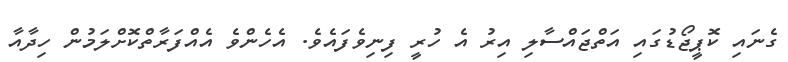
ގެނައި ކޮޕީޖޯޑުގައި އަތްޖައްސާލި އިރު އެ ހުރީ ފިނިވެފައެވެ. އެހެންވެ އެއްފަރާތްކޮށްލަމުން ހިދާއާ